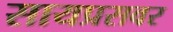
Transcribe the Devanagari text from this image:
सायप्रसवर